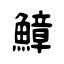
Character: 鱆